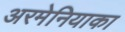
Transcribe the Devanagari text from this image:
अरमेनियाका